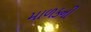
માળકની